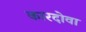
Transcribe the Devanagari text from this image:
कारदोवा